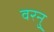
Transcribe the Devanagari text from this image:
वरनु